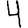
Digit: 4